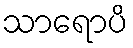
သာရောပိ